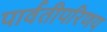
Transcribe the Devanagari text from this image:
पार्वतीपरिणय